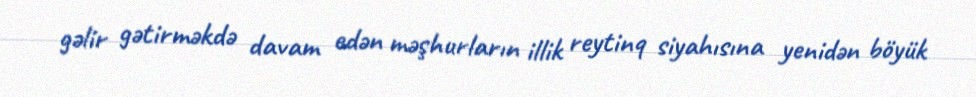
gəlir gətirməkdə davam edən məşhurların illik reytinq siyahısına yenidən böyük